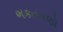
ભકતગણો